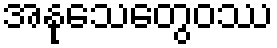
အနုသေတွေဝဿ